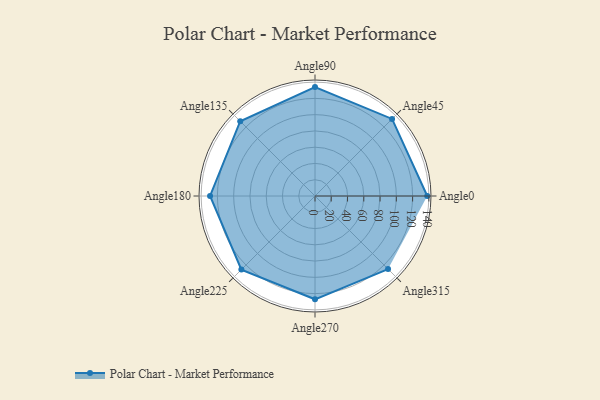
{"axis": {"x": "Angle", "y": "Radius"}, "legend": [""], "data": [{"x": "Angle0", "y": 138.0, "type": ""}, {"x": "Angle45", "y": 134.0, "type": ""}, {"x": "Angle90", "y": 134.0, "type": ""}, {"x": "Angle135", "y": 130.0, "type": ""}, {"x": "Angle180", "y": 129.0, "type": ""}, {"x": "Angle225", "y": 128.0, "type": ""}, {"x": "Angle270", "y": 127.0, "type": ""}, {"x": "Angle315", "y": 127.0, "type": ""}]}